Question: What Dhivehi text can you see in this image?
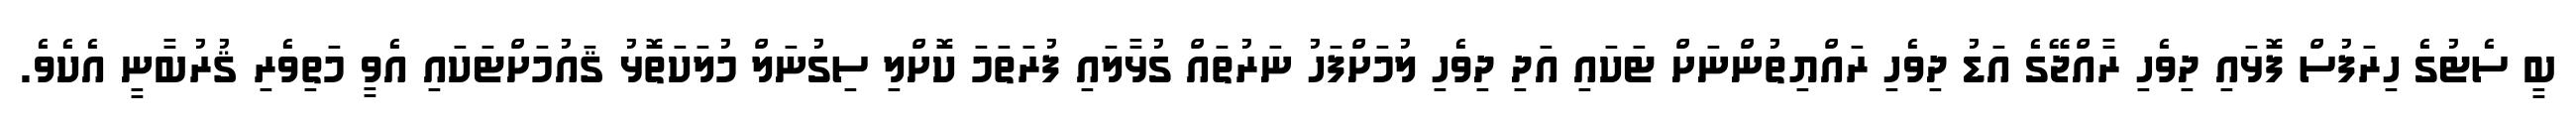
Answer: ބީ ސެޓުގެ ހިރަފުސް ފޮޅައި ދިވެހި ރާއްޖޭގެ އަޑު ދިވެހި ރައްޔިތުންނަށް ޓަކައި އަދި ދިވެހި ލުމަށްފަހު ނަރުތައް ގުޅާލައި ފުރަތަމަ ކޮށްލި ސިގުނަލް މުލަކަތޮޅު ޤައުމަށްޓަކައި އެވީ މަތިވެރި ޤުރުބާނީ އެކެވެ.